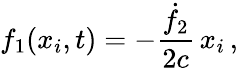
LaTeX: f_{1}(x_{i},t)=-\frac{\dot{f}_{2}}{2c}\, x_{i}\, ,